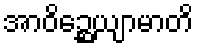
အာဝိဉ္ဆေယျာမာတိ